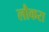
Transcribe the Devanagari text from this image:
लौकरा